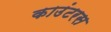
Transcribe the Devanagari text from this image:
काउंटरस